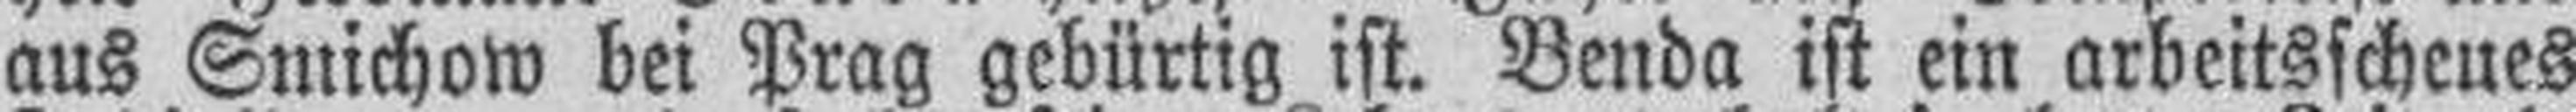
aus Smichow bei Prag gebürtig ist. Benda ist ein arbeitsscheues